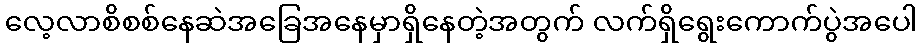
လေ့လာစိစစ်နေဆဲအခြေအနေမှာရှိနေတဲ့အတွက် လက်ရှိရွေးကောက်ပွဲအပေါ